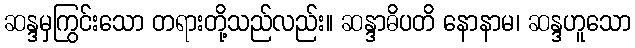
ဆန္ဒမှကြွင်းသော တရားတို့သည်လည်း။ ဆန္ဒာဓိပတိ နောနာမ၊ ဆန္ဒဟူသော